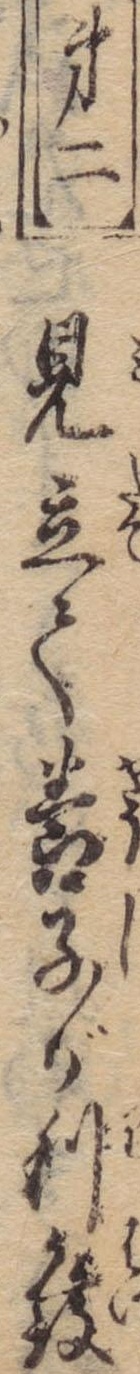
第二見立て養子が利発